Mental hospitals Bombay report 1921-28 - 1921-1928
Year: 1921
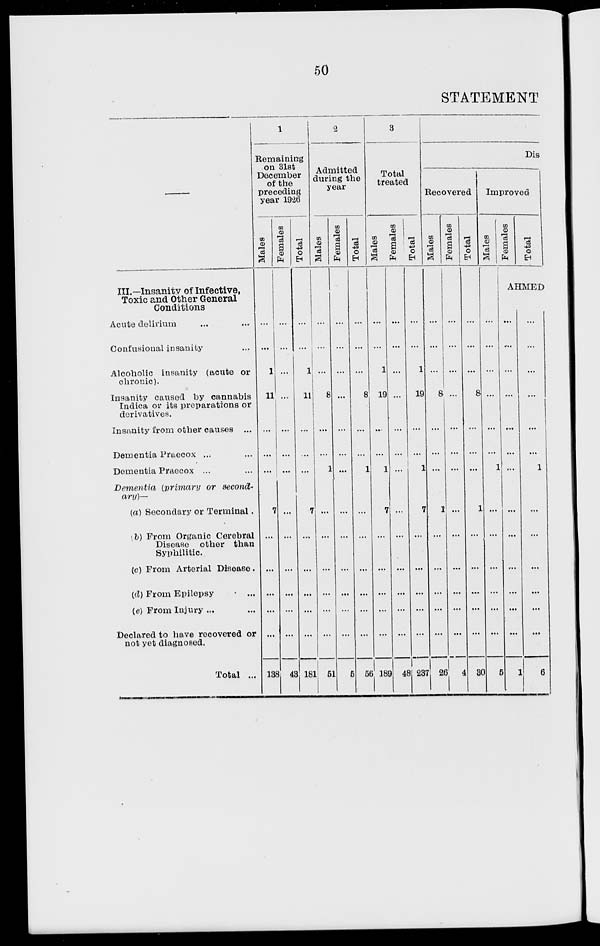
50
STATEMENT
—
III.—Insanity of Infective,
Toxic and Other General
Conditions
Acute delirium ... ...
Confusional insanity ...
Alcoholic insanity (acute or
chronic).
Insanity caused by cannabis
Indica or its preparations or
derivatives.
Insanity from other causes ...
Dementia Praecox ... ...
Dementia Praecox ... ...
Dementia (primary or second-
ary)—
(a) Secondary or Terminal .
(b) From Organic Cerebral
Disease other than
Syphilitic.
(c) From Arterial Disease .
(d) From Epilepsy ... ...
(e) From Injury ... ...
Declared to have recovered or
not yet diagnosed.
Total ...
1
Remaining
on 31st
December
of the
preceding
year 1926
Males
...
...
1
11
...
...
...
7
...
...
...
...
...
138
Females
...
...
...
...
...
...
...
...
...
...
...
...
...
43
Total
...
...
1
11
...
...
...
7
...
...
...
...
...
181
2
Admitted
during the
year
Males
...
...
...
8
...
...
1
...
...
...
...
...
...
51
Females
...
...
...
...
...
...
...
...
...
...
...
...
...
5
Total
...
...
...
8
...
...
1
...
...
...
...
...
...
56
3
Total
treated
Males
...
...
1
19
...
...
1
7
...
...
...
...
...
189
Females
...
...
...
...
...
...
...
...
...
...
...
...
...
48
Total
...
...
1
19
...
...
1
7
...
...
...
...
...
237
Dis
Recovered
Males
...
...
...
8
...
...
...
1
...
...
...
...
...
26
Females
...
...
...
...
...
...
...
...
...
...
...
...
...
4
Total
...
...
...
8
...
...
...
1
...
...
...
...
...
30
Improved
Males
...
...
...
...
...
...
1
...
...
...
...
...
...
5
Females
Total
AHMED
...
...
...
...
...
...
...
...
...
...
...
...
...
1
...
...
...
...
...
...
1
...
...
...
...
...
...
6